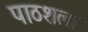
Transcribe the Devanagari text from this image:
पाठशला